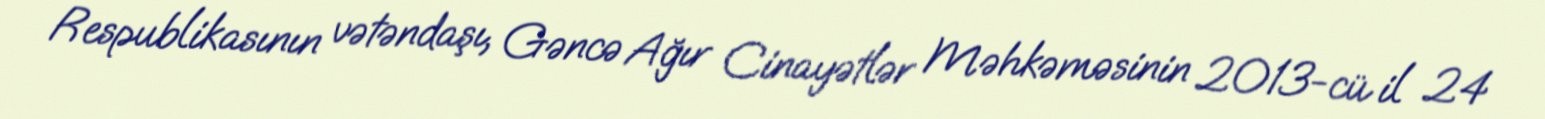
Respublikasının vətəndaşı, Gəncə Ağır Cinayətlər Məhkəməsinin 2013-cü il 24